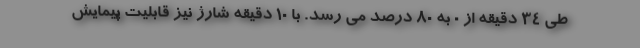
طی 34 دقیقه از 0 به 80 درصد می رسد. با 10 دقیقه شارژ نیز قابلیت پیمایش